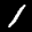
Label: 1